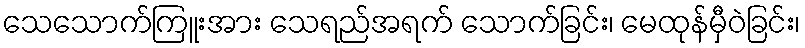
သေသောက်ကြူးအား သေရည်အရက် သောက်ခြင်း၊ မေထုန်မှီဝဲခြင်း၊